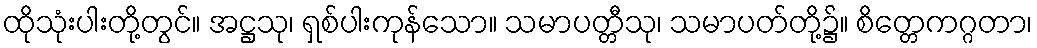
ထိုသုံးပါးတို့တွင်။ အဋ္ဌသု၊ ရှစ်ပါးကုန်သော။ သမာပတ္တီသု၊ သမာပတ်တို့၌။ စိတ္တေကဂ္ဂတာ၊